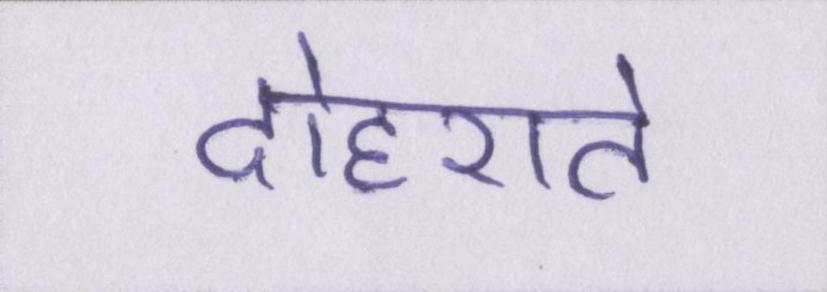
दोहराते